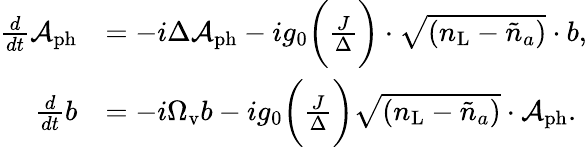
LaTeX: \begin{array}{rl}{\frac{d}{dt}\mathcal{A}_{\mathrm{ph}}}&{=-i\Delta\mathcal{A}_{\mathrm{ph}}-ig_{0}\bigg(\frac{J}{\Delta}\bigg)\cdot\sqrt{({n}_{\mathrm{L}}-\tilde{n}_{a})}\cdot b,}\\ {\frac{d}{dt}b}&{=-i\Omega_{\mathrm{v}}b-ig_{0}\bigg(\frac{J}{\Delta}\bigg)\sqrt{({n}_{\mathrm{L}}-\tilde{n}_{a})}\cdot\mathcal{A}_{\mathrm{ph}}.}\end{array}